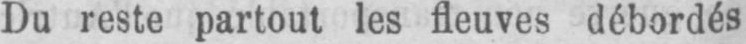
Du reste partout les fleuves débordés